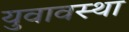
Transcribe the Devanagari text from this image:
युवावस्‍था